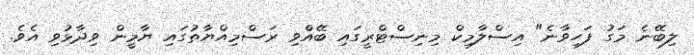
ލިބޭނެ މަގު ފަހިވާނެ" އިސްލާމިކް މިނިސްޓްރީގައި ބޭއްވި ރަސްމިއްޔާތުގައި ޔާމީން ވިދާޅުވި އެވެ.